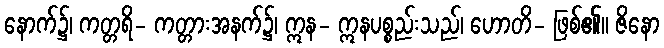
နောက်၌၊ ကတ္တရိ- ကတ္တားအနက်၌၊ ဣန- ဣနပစ္စည်းသည်၊ ဟောတိ- ဖြစ်၏။ ဇိနော